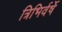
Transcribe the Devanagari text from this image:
त्रिभिर्वर्षे